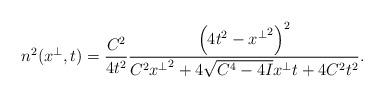
LaTeX: \begin{align*}n^2(x^\perp,t)=\frac{C^2}{4t^2}\frac{\left(4t^2-{x^\perp}^2\right)^2}{C^2{x^\perp}^2+4\sqrt{C^4-4I}x^\perp t+4C^2t^2}.\end{align*}